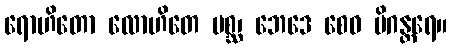
ရောဟိတော လောဟိတေ မစ္ဆ၊ ဘေဒေ စေဝ မိဂန္တရေ။